Riigikantselei, lk 10
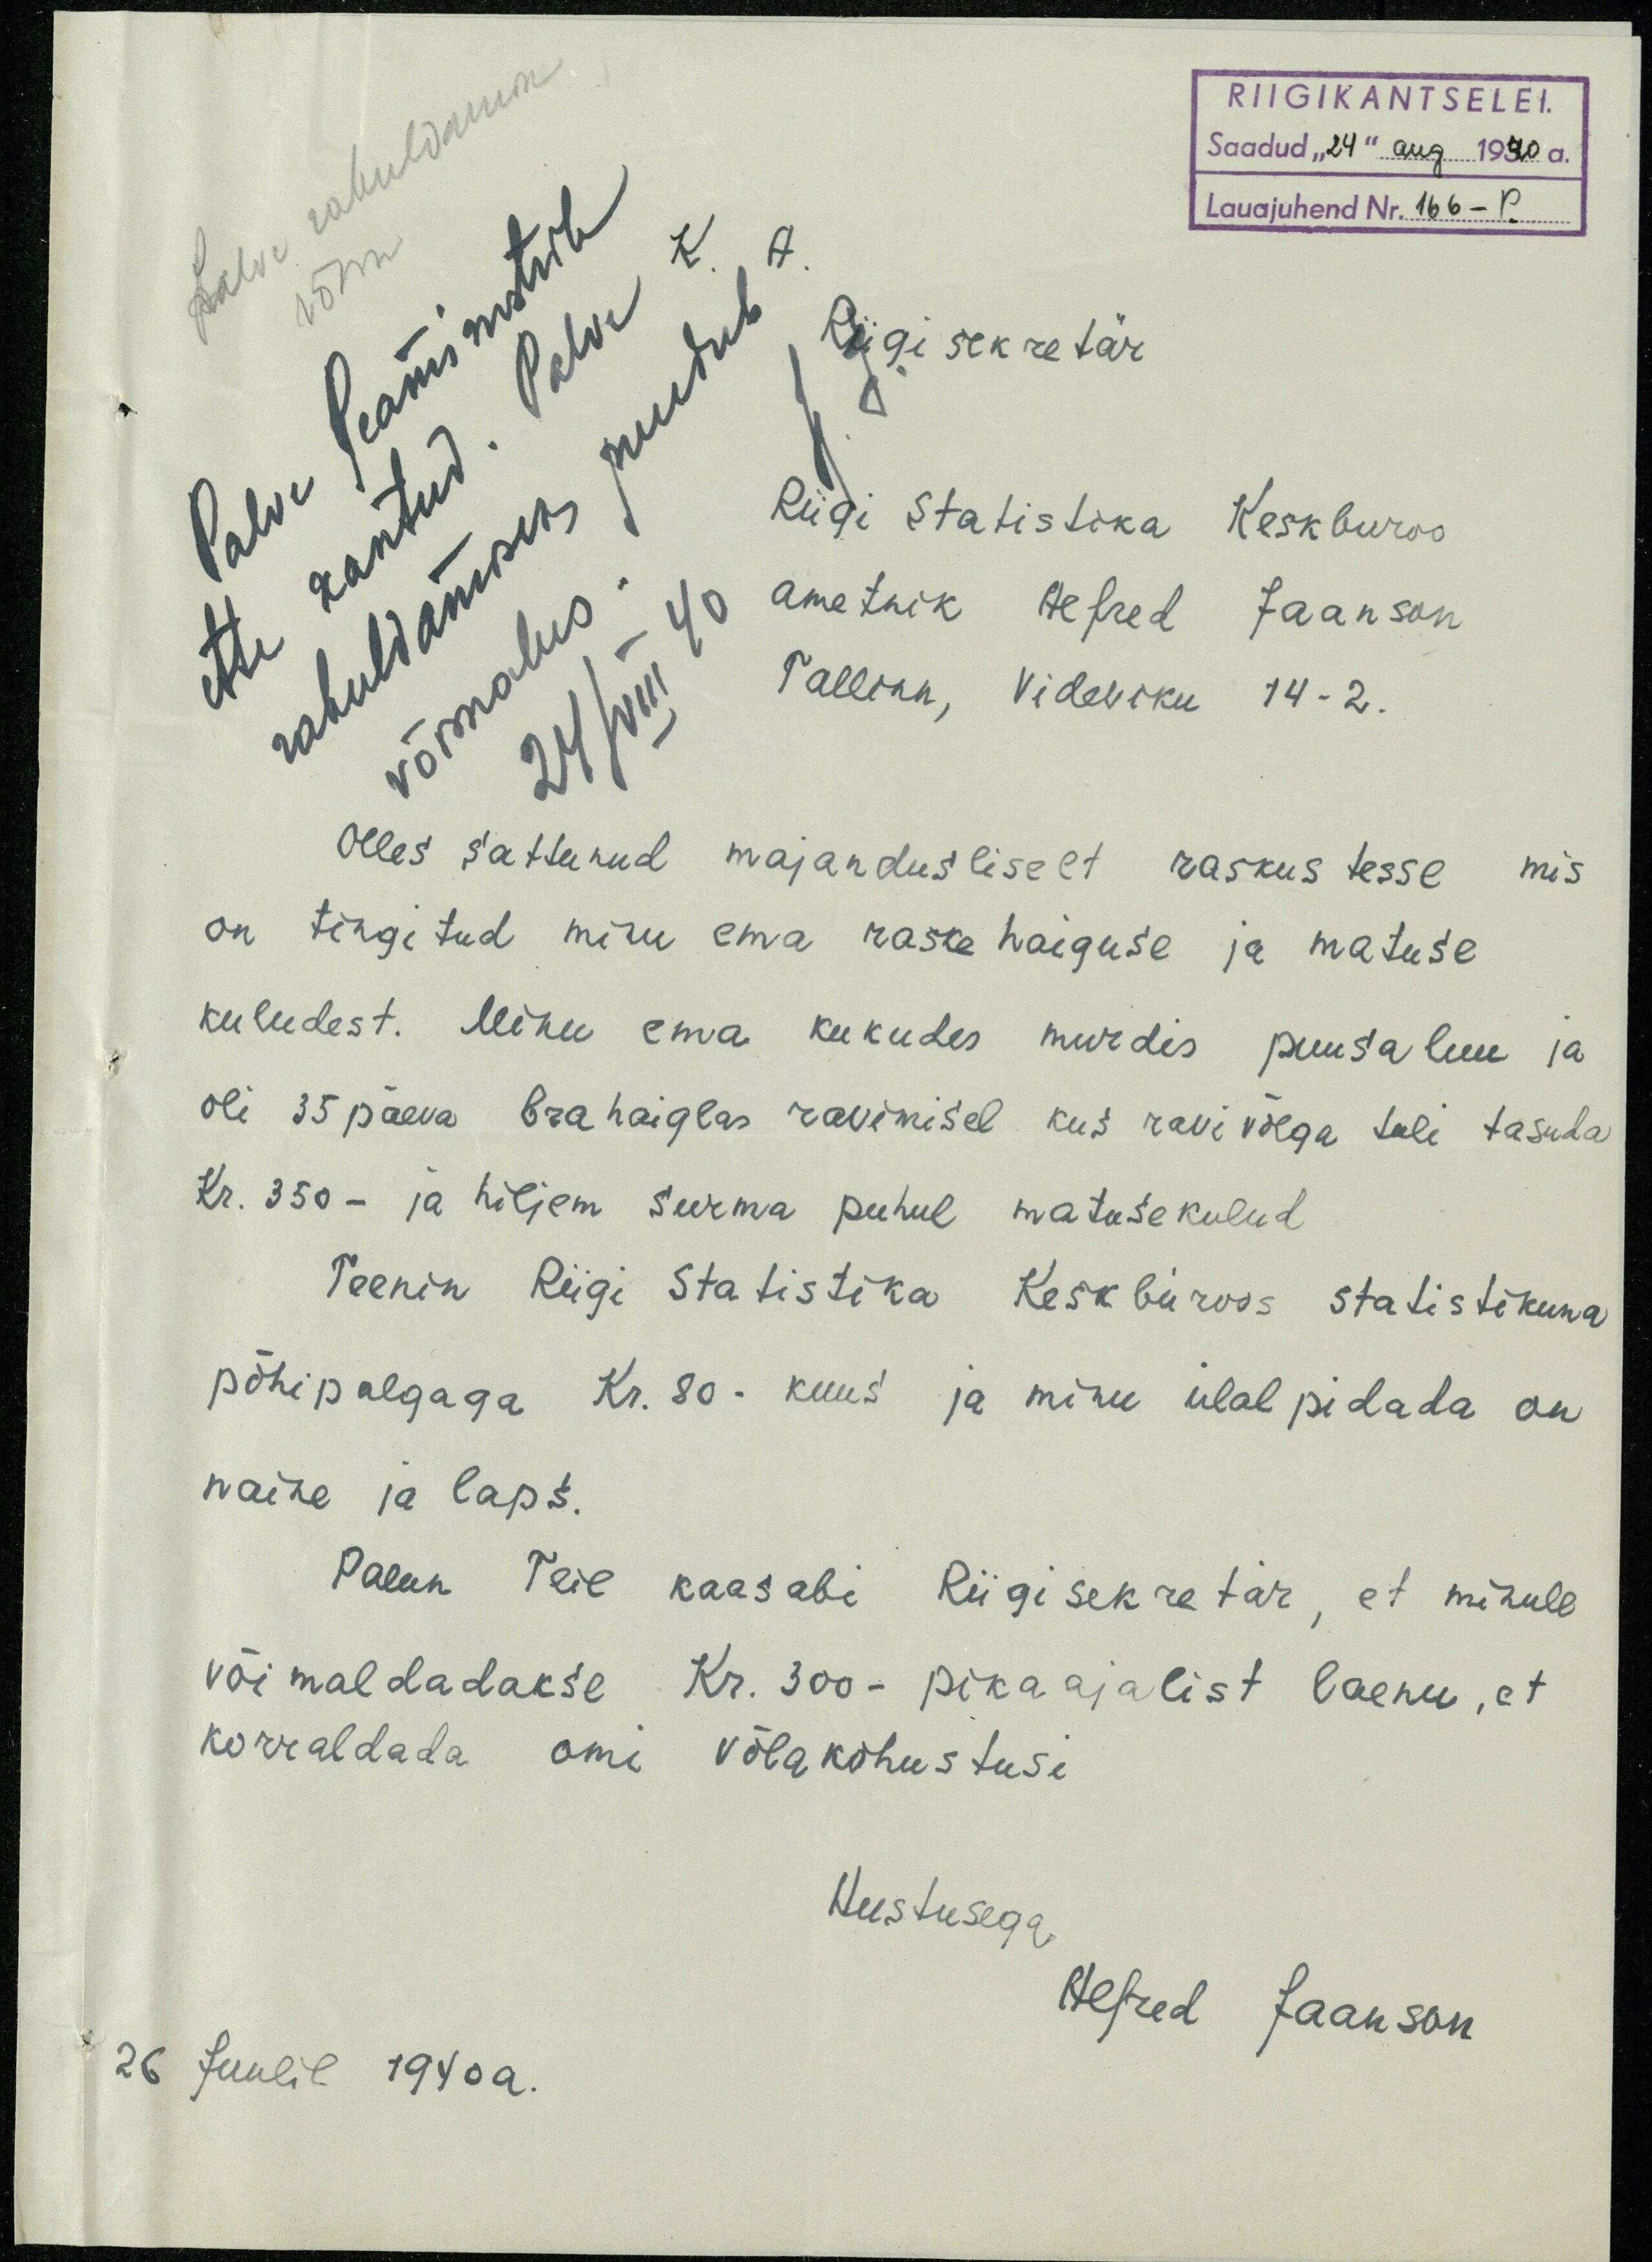
RIIGIKANTSELEI.
Saadud "24" aug 1930 a.
Lauajuhend Nr. 166 - P.
K. A.
Riigi sekretär
Riigi Statistika Keskburoo
ametnik Alfred Jaanson
Tallinn, Videviku 14-2.
Olles sattunud majandusliselt raskus tesse mis
on tingitud minu ema raske haiguse ja matuse
kuludest. Minu ema kukudes murdis puusaluu ja
oli 35 päeva Erahaiglas ravimisel kus ravivõlga tuli tasuda
Kr. 350 - ja hiljem surma puhul matusekulud
Teenin Riigi Statistika Keskbüroos statistikuna
põhipalgaga Kr. 80 kuus ja minu ülalpidada on
naine ja laps.
Palun Teie kaasabi Riigisekretär, et minule
võimaldadakse. Kr. 300- pikaajalist laenu, et
korraldada omi võlakohustusi
Austusega
Alfred Jaanson
26 Juulil 1940a.